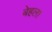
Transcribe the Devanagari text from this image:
बेहला